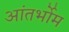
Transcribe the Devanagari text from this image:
आंतर्भोम